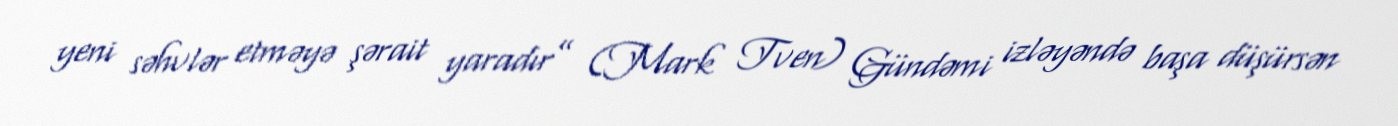
yeni səhvlər etməyə şərait yaradır” (Mark Tven) Gündəmi izləyəndə başa düşürsən